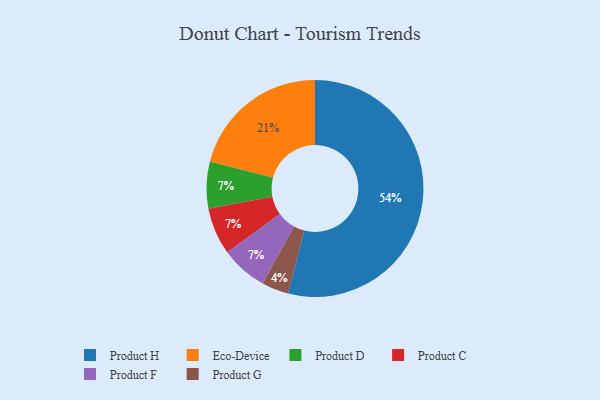
{"axis": {"x": "Category", "y": "Percentage"}, "legend": ["Eco-Device", "Product C", "Product D", "Product F", "Product G", "Product H"], "data": [{"x": "Product D", "y": 7, "type": "Product D"}, {"x": "Product G", "y": 4, "type": "Product G"}, {"x": "Eco-Device", "y": 21, "type": "Eco-Device"}, {"x": "Product C", "y": 7, "type": "Product C"}, {"x": "Product F", "y": 7, "type": "Product F"}, {"x": "Product H", "y": 54, "type": "Product H"}]}